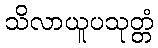
သိလာယူပသုတ္တံ